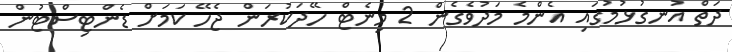
ދަތް އުނގުޅުމުގައި އެންމެ މަދުވެގެން 2 މިނެޓް ހޭދަކުރަން ޖެހޭ ކަމަށް ޑެންޓިސްޓުން